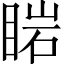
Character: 𥇷